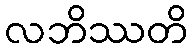
လဘိဿတိ